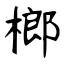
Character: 榔